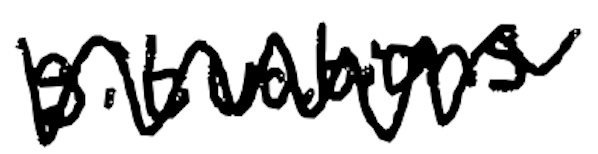
Text: situations
Cross-out: zig-zag
Writing tool: digital_black